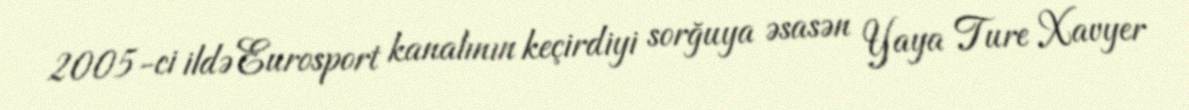
2005-ci ildə Eurosport kanalının keçirdiyi sorğuya əsasən Yaya Ture Xavyer